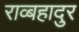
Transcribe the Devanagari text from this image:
राव्बहादुर